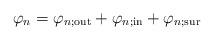
LaTeX: \begin{align*} \varphi_n=\varphi_{n;\mathrm{out}}+\varphi_{n;\mathrm{in}}+\varphi_{n;\mathrm{sur}}\end{align*}